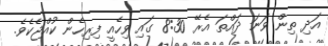
އަދި ތިން ވަނަ ދައްތަ އެރޭ 8:30 ގައި ވިހެއީ ފިރިހެން ކުއްޖެކެވެ.